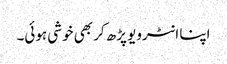
اپنا انٹرویو پڑھ کر بھی خوشی ہوئی۔